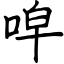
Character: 唕